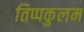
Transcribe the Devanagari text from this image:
तिप्पकुलम